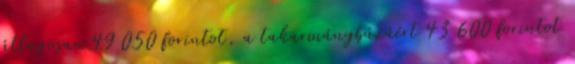
átlagosan 49 050 forintot, a takarmánybúzáért 43 600 forintot